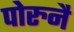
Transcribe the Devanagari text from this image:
पोरुनै